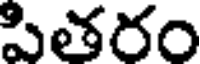
పితరం